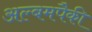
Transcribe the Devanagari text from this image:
अल्बमपैकी